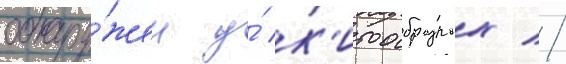
обнару́жен у́ к'итообразных //